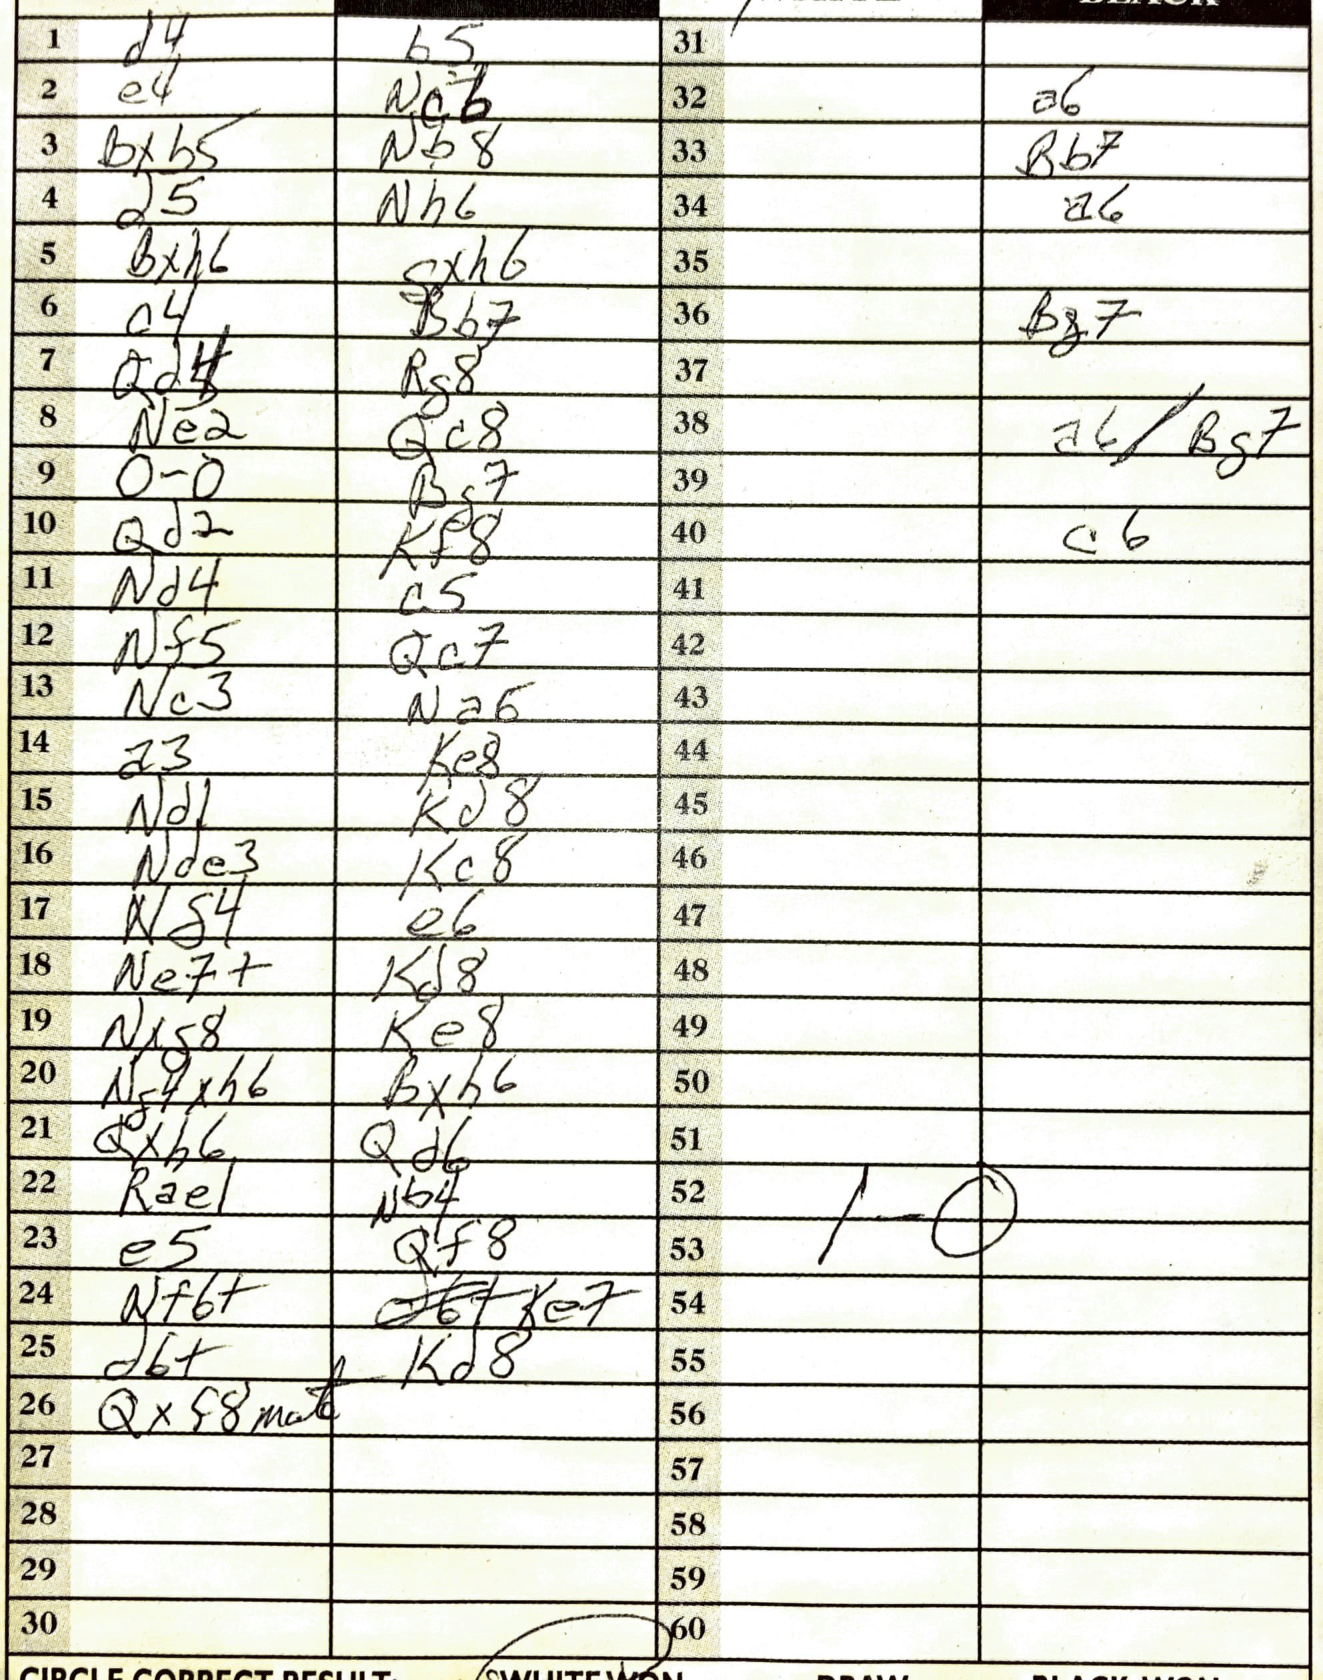
Moves: d4 b5 e4 Nc6 Bxb5 Nb8 d5 Nh6 Bxh6 cxh6 c4 Bb7 Qd4 Rg8 Ne2 Qc8 O-O Bg7 Qd2 Kf8 Nd4 c5 Nf5 Qc7 Nc3 Na6 a3 Ke8 Nd1 Kd8 Nde3 Kc8 Ng4 e6 Ne7+ Kd8 Nxg8 Ke8 Ng4xh6 Bxh6 Qxh6 Qd6 Rae1 Nb4 e5 Qf8 Nf6+ Ke7 d6+ Kd8 Qxf8 a6 Bb7 a6 Bg7 c6